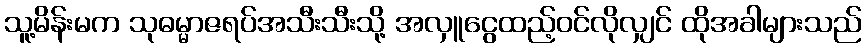
သူ့မိန်းမက သုဓမ္မာဇရပ်အသီးသီးသို့ အလှူငွေထည့်ဝင်လိုလျှင် ထိုအခါများသည်